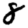
Digit: 8